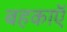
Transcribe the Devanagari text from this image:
बहकाएॅ